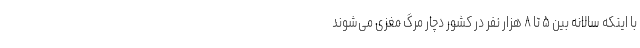
با اینکه سالانه بین ۵ تا ۸ هزار نفر در کشور دچار مرگ مغزی می‌شوند